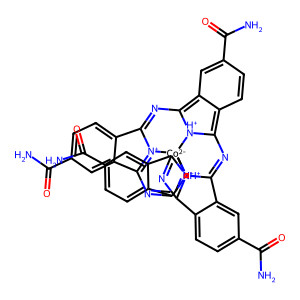
SMILES: NC(=O)c1ccc2c(c1)C1=NC3=c4ccc(C(N)=O)cc4=C4N=C5c6ccc(C(N)=O)cc6C6=[N+]5[Co-2]5([N+]1=C2N=C1c2cc(C(N)=O)ccc2C(=N6)[NH+]15)[NH+]34
Inhibits HIV replication: No